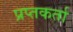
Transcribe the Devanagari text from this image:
प्रप्तकर्ता